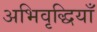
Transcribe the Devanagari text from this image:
अभिवृद्धियाँ